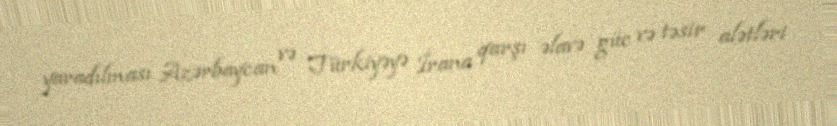
yaradılması Azərbaycan və Türkiyəyə İrana qarşı əlavə güc və təsir alətləri